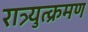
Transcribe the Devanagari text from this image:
रात्र्युत्क्रमण